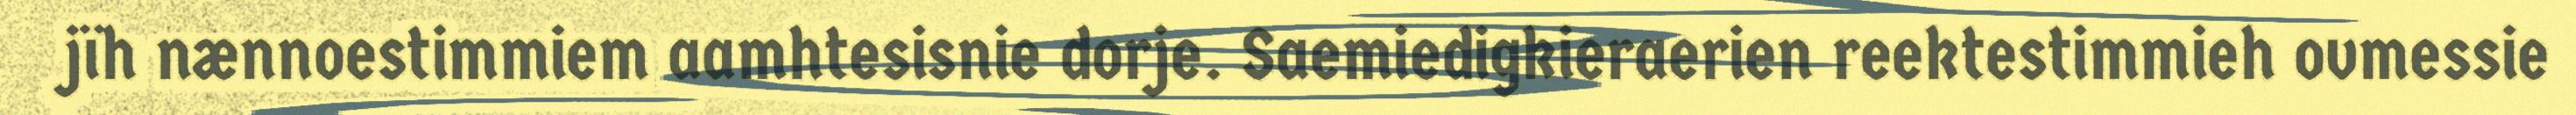
jïh nænnoestimmiem aamhtesisnie dorje. Saemiedigkieraerien reektestimmieh ovmessie